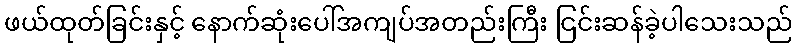
ဖယ်ထုတ်ခြင်းနှင့် နောက်ဆုံးပေါ်အကျပ်အတည်းကြီး ငြင်းဆန်ခဲ့ပါသေးသည်